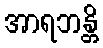
အာရဘန္တိ